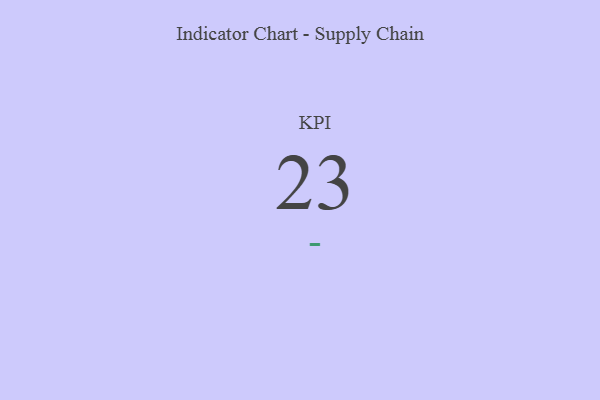
{"axis": {"x": "KPI", "y": "Value"}, "legend": [""], "data": [{"x": "KPI", "y": 23, "type": ""}]}